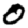
Digit: 0